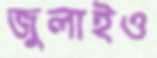
জুলাইও